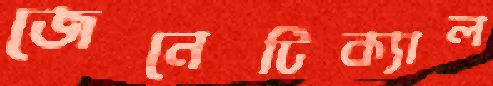
জেনেটিক্যাল